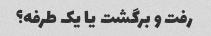
رفت و برگشت یا یک طرفه؟